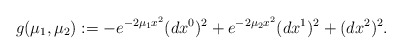
\begin{align*}g(\mu_1,\mu_2):=-e^{-2\mu_1x^2}(dx^{0})^{2}+e^{-2\mu_2x^2}(dx^{1})^{2}+(dx^{2})^{2}.\end{align*}